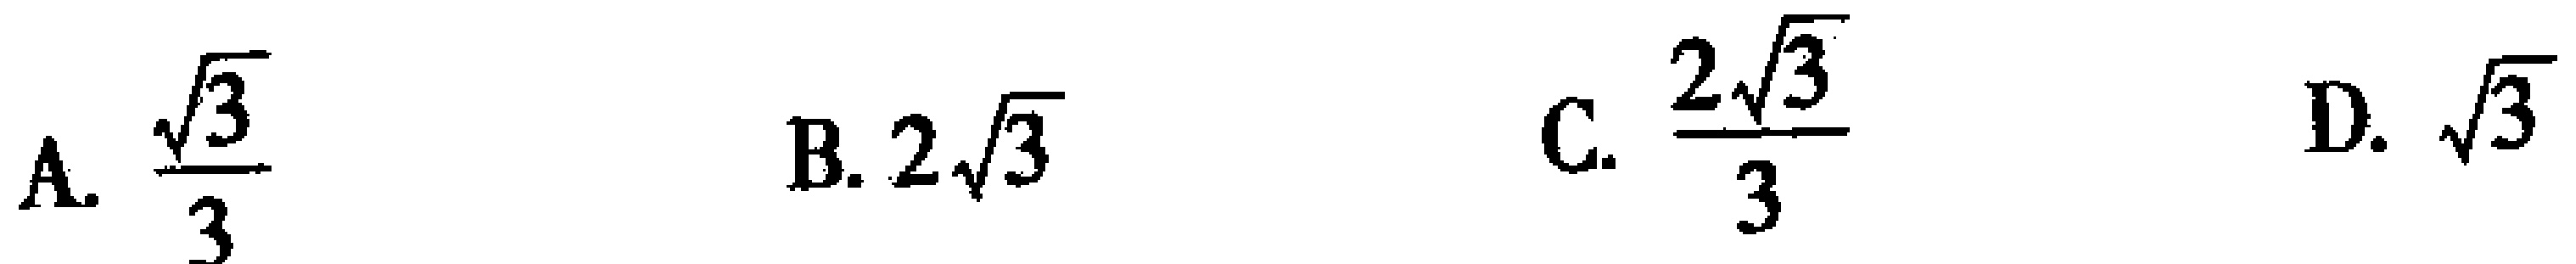
A. $\frac{\sqrt{3}}{3}$  B. $2\sqrt{3}$  C. $\frac{2\sqrt{3}}{3}$  D. $\sqrt{3}$